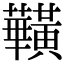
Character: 𪏥